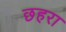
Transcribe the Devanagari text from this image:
छहरा